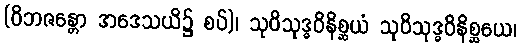
(ဝိဘဇန္တော အဒေသယိ၌ စပ်)၊ သုဝိသုဒ္ဓဝိနိစ္ဆယံ သုဝိသုဒ္ဓဝိနိစ္ဆယေ၊